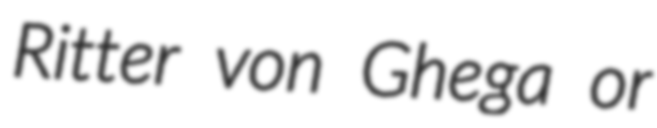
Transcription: Ritter von Ghega or